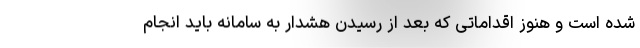
شده است و هنوز اقداماتی که بعد از رسیدن هشدار به سامانه باید انجام